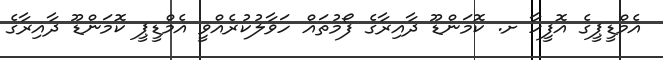
އެމްޑީޕީގެ އޮފީހާ ށ. ކޮމަންޑޫ ދާއިރާގެ ފޯމުތައް ހަވާލުކުރެއްވީ އެމްޑީޕީ ކޮމަންޑޫ ދާއިރާގެ